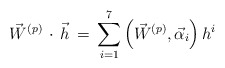
\begin{align*}{\vec W}^{(p)} \, \cdot \, {\vec h}\, =\, \sum_{i=1}^{7}\left({\vec W}^{(p)},{\vec \alpha_{i}}\right)h^i\end{align*}